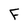
Character: f